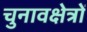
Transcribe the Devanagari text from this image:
चुनावक्षेत्रों